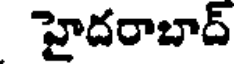
హైదరాబాద్